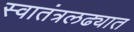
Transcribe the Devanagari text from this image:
स्वातंत्रलढ्यात